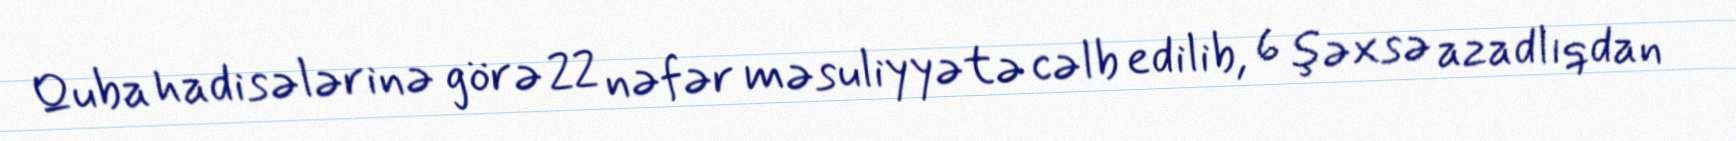
Quba hadisələrinə görə 22 nəfər məsuliyyətə cəlb edilib, 6 şəxsə azadlıqdan